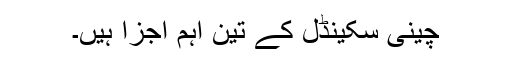
چینی سکینڈل کے تین اہم اجزا ہیں۔